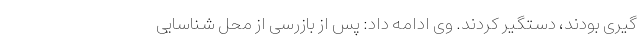
گیری بودند، دستگیر کردند. وی ادامه داد: پس از بازرسی از محل شناسایی